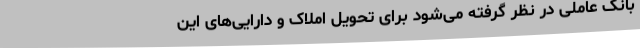
بانک عاملی در نظر گرفته می‌شود برای تحویل املاک و دارایی‌های این